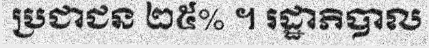
ប្រជាជន ២៥% ។ រដ្ឋាភិបាល